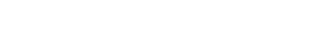
ဟူသော ကြျောစော ကိတ်တိရှိလာခဲ့လေ၏။